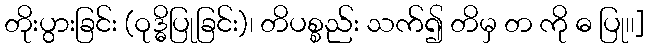
တိုးပွားခြင်း (ဝုဒ္ဓိပြုခြင်း)၊ တိပစ္စည်း သက်၍ တိမှ တ ကို ဓ ပြု၊၊]